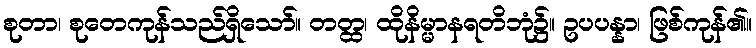
စုတာ၊ စုတေကုန်သည်ရှိသော်။ တတ္ထ၊ ထိုနိမ္မာနရတိဘုံ၌။ ဥပပန္နာ၊ ဖြစ်ကုန်၏။